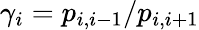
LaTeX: \gamma_{i}=p_{i,i-1}/p_{i,i+1}